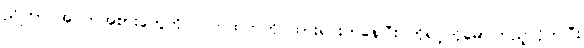
ညိုဟာ အဝတ်အစားတွေကို လက်ထဲကကိုင်ထားရင်းကနေပြီး ကိုရင့်ကိုမော်ကြည့်လိုက်ပြီး